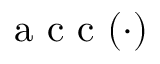
\mathrm { ~ a ~ c ~ c ~ } ( \cdot )